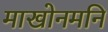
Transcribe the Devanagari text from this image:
माखोनमनि